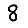
Digit: 8